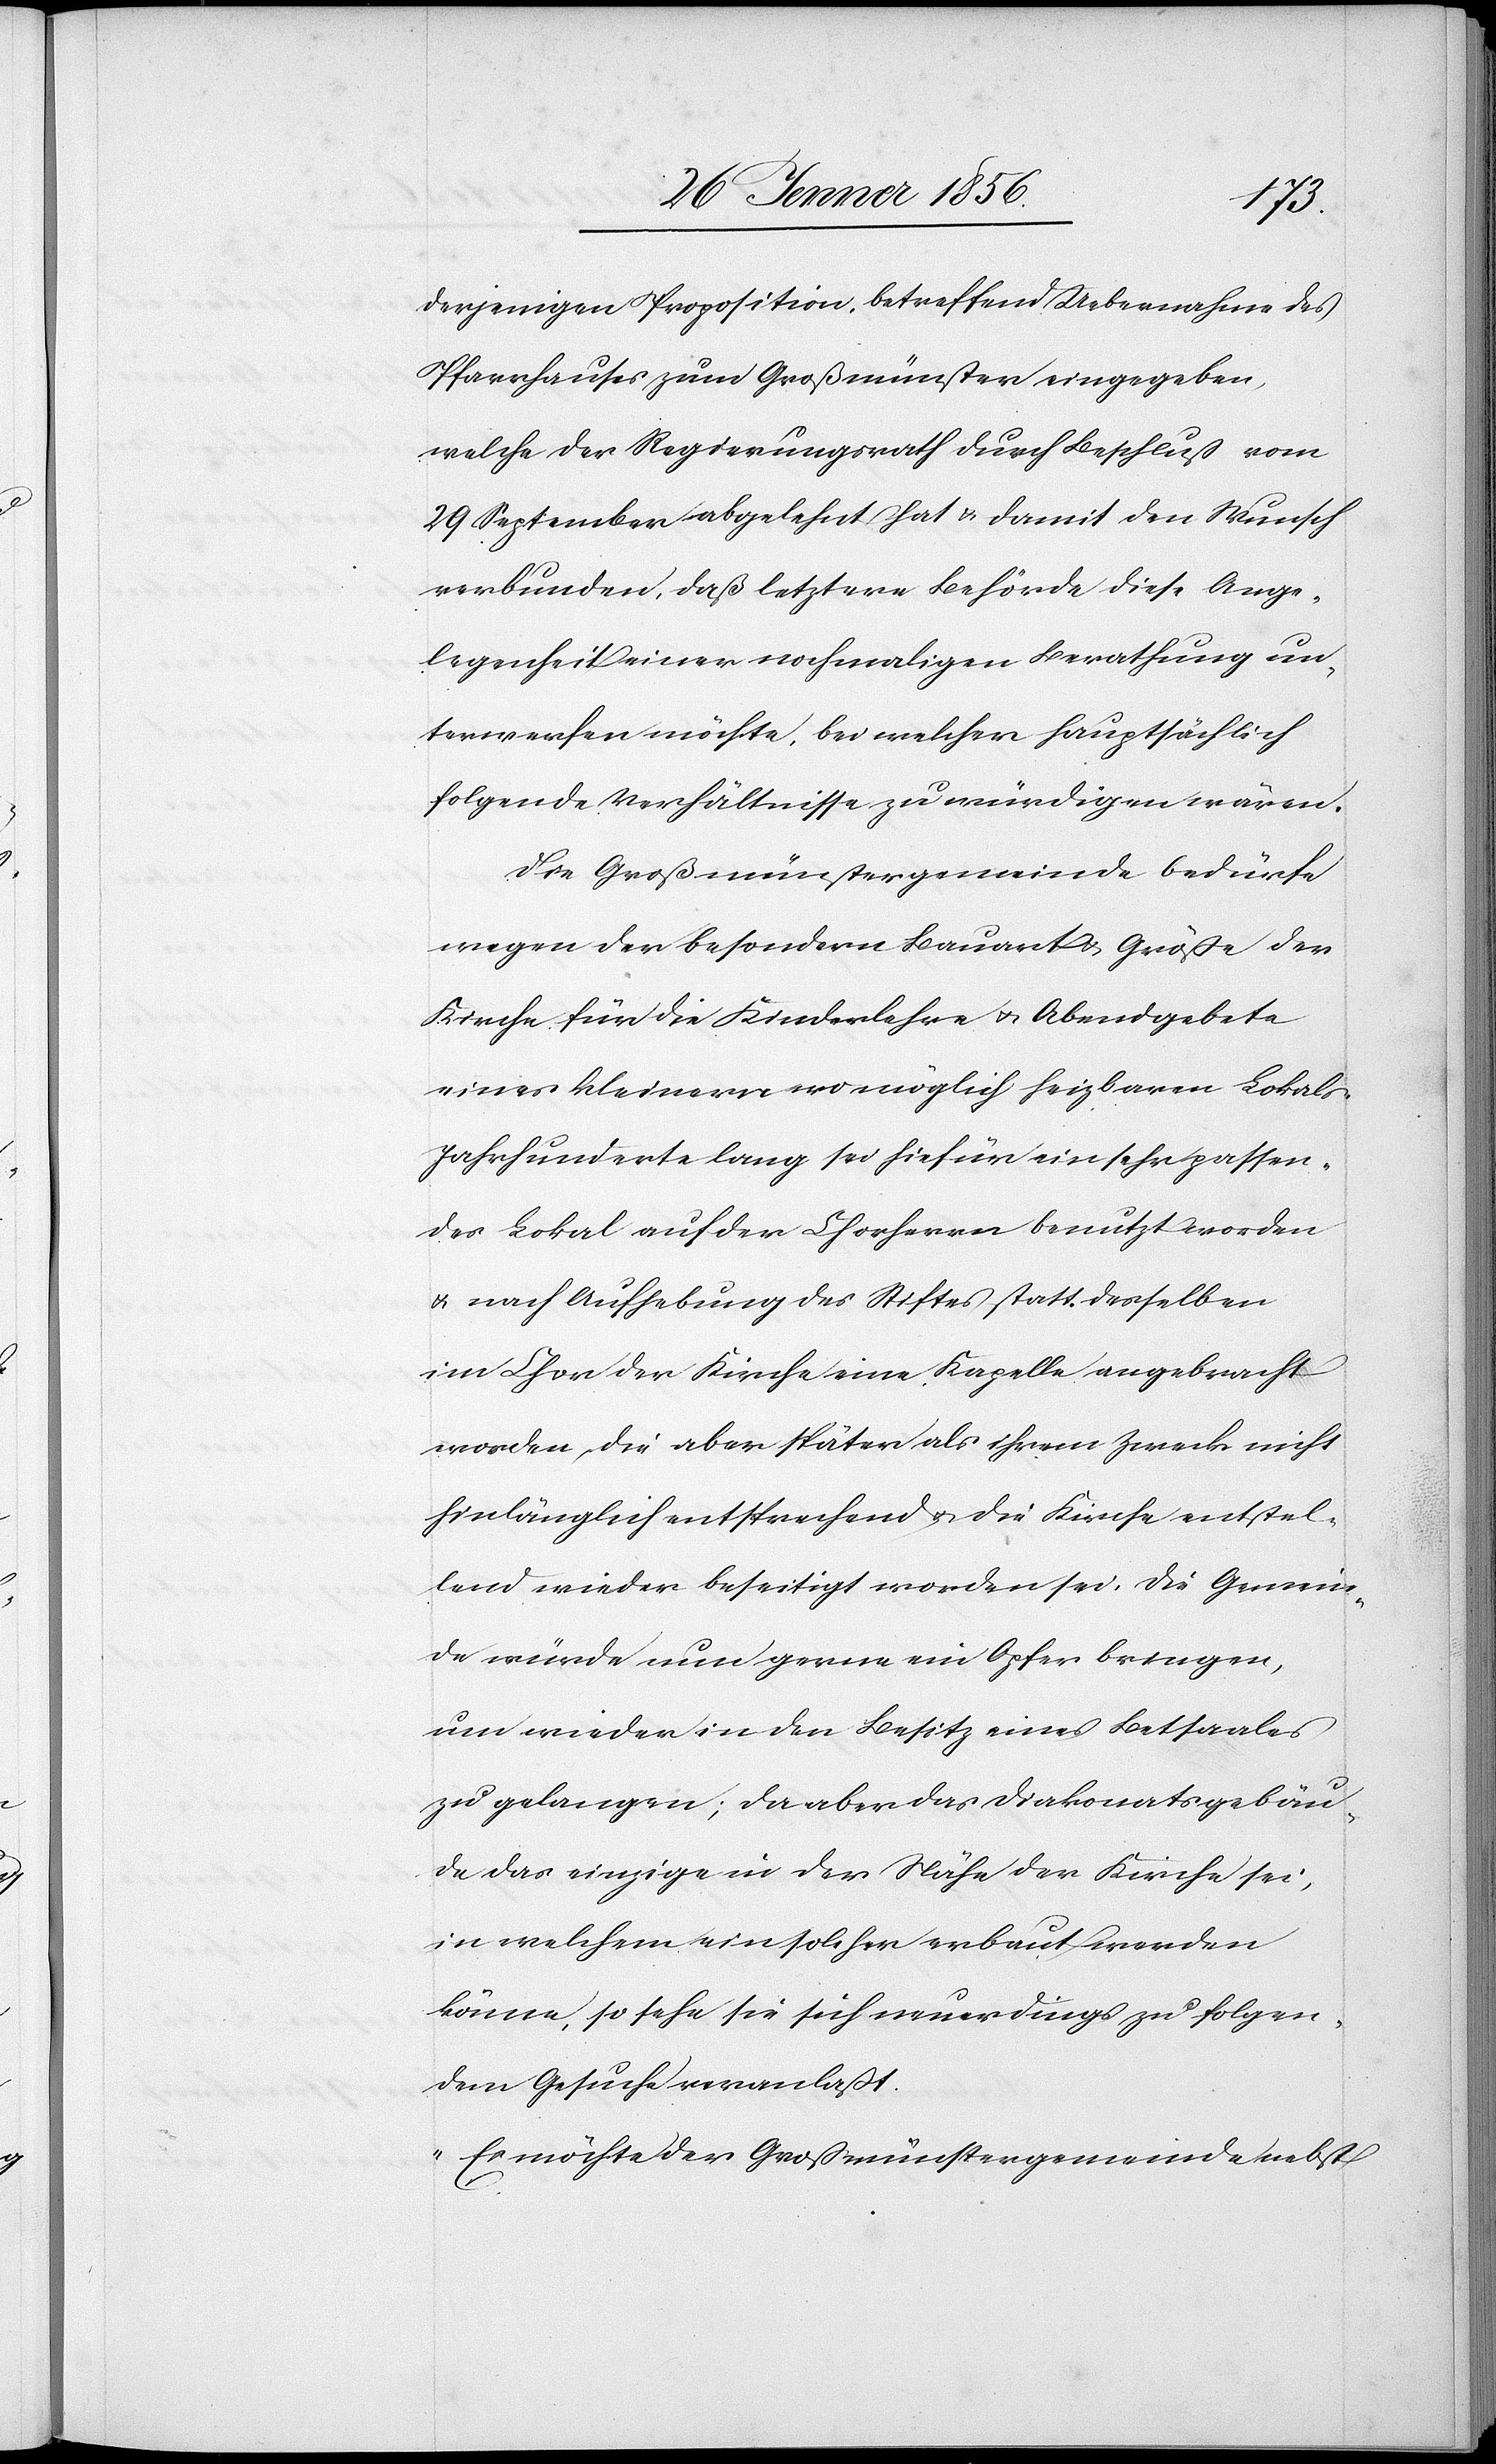
derjenigen Proposition, betreffend Uebernahme des
Pfarrhauses zum Großmünster eingegeben,
welche der Regierungsrath durch Beschluß vom
29 September abgelehnt hat u. damit den Wunsch
verbunden, daß letztere Behörde diese Ange¬
legenheit einer nochmaligen Berathung un¬
terwerfen möchte, bei welcher hauptsächlich
folgende Verhältnisse zu würdigen wären.
Die Großmünstergemeinde bedürfe
wegen der besondern Bauart & Größe der
Kirche für die Kinderlehre u. Abendgebete
eines kleinern womöglich heizbaren Lokals.
Jahrhunderte lang sei hiefür ein sehr passen¬
des Lokal auf der Chorherrn benutzt worden
u. nach Aufhebung des Stiftes statt derselben
im Chor der Kirche eine Kapelle angebracht
worden, die aber später als ihrem Zweck nicht
hinlänglich entsprechend u. die Kirche entstel¬
lend wieder beseitigt worden sei. Die Gemein¬
de würde nun gerne ein Opfer bringen,
um wieder in den Besitz eines Betsaales
zu gelangen; da aber das Diakonatsgebäu¬
de das einzige in der Nähe der Kirche sei,
in welchem ein solcher erbaut werden
könne, so sehe sie sich neuerdings zu folgen¬
dem Gesuche veranlaßt.
„Es möchte der Großmünstergemeinde nebst